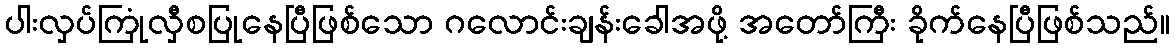
ပါးလှပ်ကြုံလှီစပြုနေပြီဖြစ်သော ဂလောင်းချန်းခေါအဖို့ အတော်ကြီး ခိုက်နေပြီဖြစ်သည်။